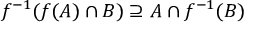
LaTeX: f ^ { - 1 } ( f ( A ) \cap B ) \supseteq A \cap f ^ { - 1 } ( B )